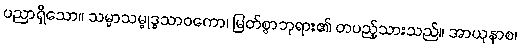
ပညာရှိသော။ သမ္မာသမ္ဗုဒ္ဓသာဝကော၊ မြတ်စွာဘုရား၏ တပည့်သားသည်။ အာယုနာစ၊